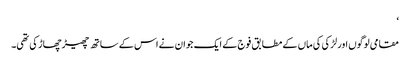
‘
مقامی لوگوں اور لڑکی کی ماں کے مطابق فوج کے ایک جوان نے اس کے ساتھ چھیڑ چھاڑ کی تھی۔